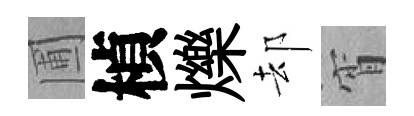
圃楨爍却宵